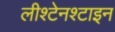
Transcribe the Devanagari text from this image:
लीश्टेनश्टाइन